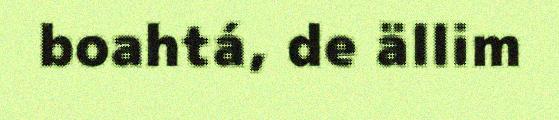
boahtá, de ällim